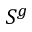
S ^ { g }